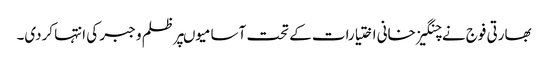
بھارتی فوج نے چنگیز خانی اختیارات کے تحت آسامیوںپر ظلم و جبر کی انتہا کردی۔